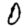
Digit: 0